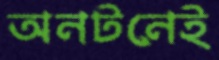
অনটনেই